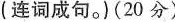
(连词成句.)(20 分)